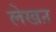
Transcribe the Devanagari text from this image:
लेखऩ